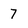
Character: 7